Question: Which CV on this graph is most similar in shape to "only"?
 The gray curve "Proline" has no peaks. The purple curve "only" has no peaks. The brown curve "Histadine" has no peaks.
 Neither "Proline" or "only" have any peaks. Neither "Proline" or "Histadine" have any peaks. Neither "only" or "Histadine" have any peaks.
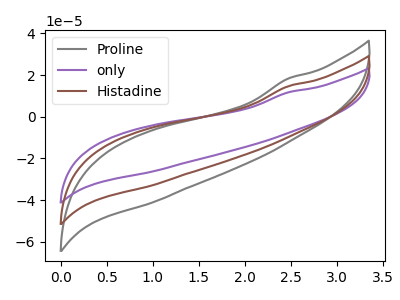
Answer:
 <answer>"only" and "Histadine" have a similar shape to "Proline".</answer>
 <eval>"only" "Histadine"</eval>